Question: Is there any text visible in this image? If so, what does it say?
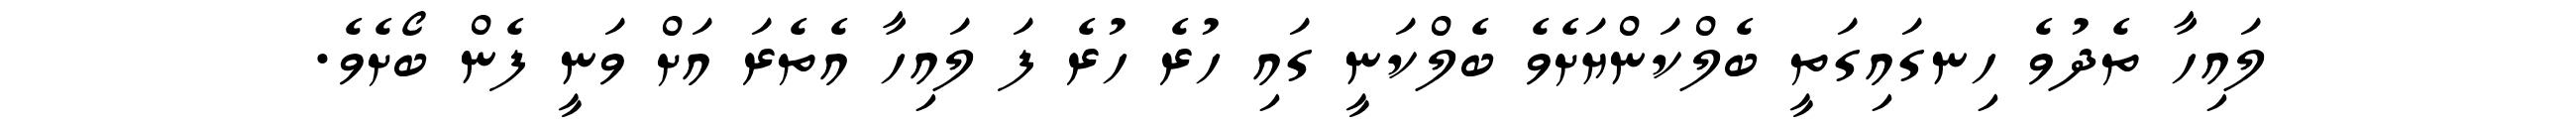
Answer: ލައިހާ ތެދުވެ ހިނގައިގަތީ ބެލްކަންޔަށެވެ ބެލްކަނީ ގައި ހުރެ ހުރެ ފަ ލައިހާ އެތެރަ އަށް ވަނީ ފެން ބޯށެވެ.